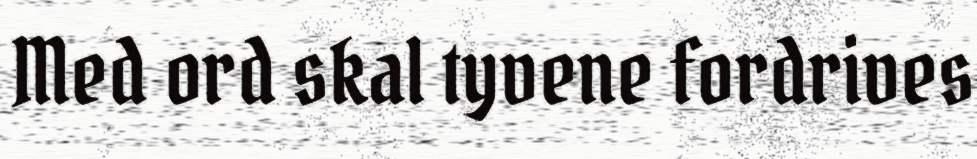
Med ord skal tyvene fordrives